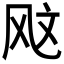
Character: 𫠇